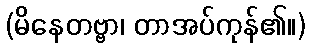
(မိနေတဗ္ဗာ၊ တာအပ်ကုန်၏။)